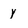
Character: y